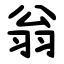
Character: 翁